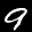
Label: 9